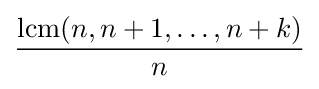
{\frac {\operatorname {lcm} (n,n+1,\ldots ,n+k)}{n}}